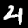
Label: 4